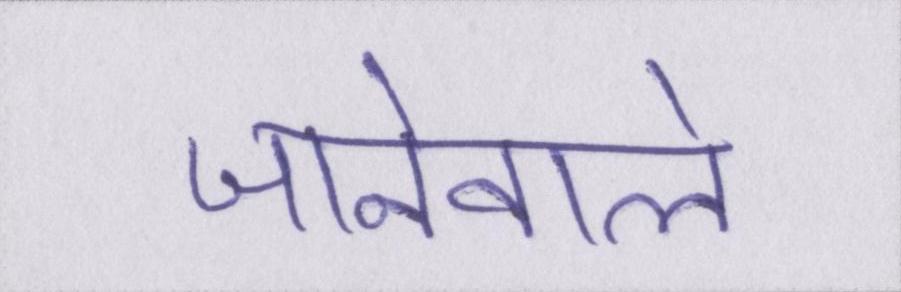
जानेवाले